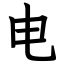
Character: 电